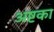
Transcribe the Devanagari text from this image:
अष्टका